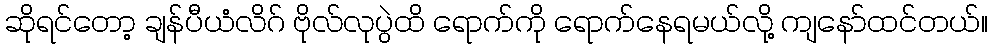
ဆိုရင်တော့ ချန်ပီယံလိဂ် ဗိုလ်လုပွဲထိ ရောက်ကို ရောက်နေရမယ်လို့ ကျနော်ထင်တယ်။